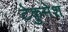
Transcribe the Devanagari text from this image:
टेकुमेश